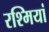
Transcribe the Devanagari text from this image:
रश्मियां